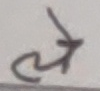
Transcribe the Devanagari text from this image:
चे